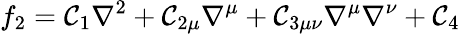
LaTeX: f_{2}=\mathcal{C}_{1}\nabla^{2}+\mathcal{C}_{2\mu}\nabla^{\mu}+\mathcal{C}_{3\mu\nu}\nabla^{\mu}\nabla^{\nu}+\mathcal{C}_{4}